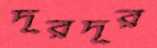
দূরদূর